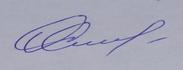
Signature authenticity: genuine